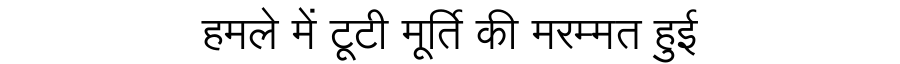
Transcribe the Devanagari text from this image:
हमले में टूटी मूर्ति की मरम्मत हुई